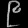
Digit: ၉